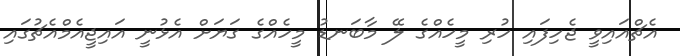
އެޗްއައިވީ ޖެހިފައި ހުރި މީހެއްގެ ލޭ މާބަނޑު މީހެއްގެ ގަޔަށް އެޅުނީ އައިޖީއެމްއެޗުގައި